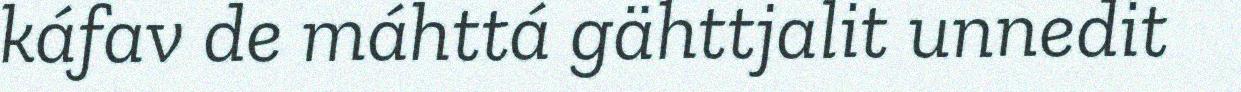
káfav de máhttá gähttjalit unnedit